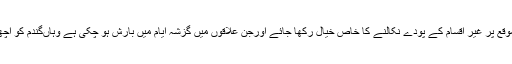
محکمہ زراعت کے ترجمان نے کہاکہ گند م کی کٹائی کے موقع پر غیر اقسام کے پودے نکالنے کا خاص خیال رکھا جائے اورجن علاقوں میں گزشہ ایام میں بارش ہو چکی ہے وہاںگندم کو اچھی طرح خشک ہونے کے بعد ہی کاٹنے کاعمل شروع کریں۔